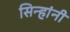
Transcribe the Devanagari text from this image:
सिन्हांनी